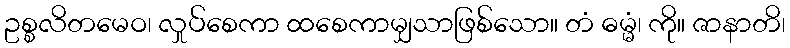
ဥစ္စလိတမေဝ၊ လှုပ်စေကာ ထစေကာမျှသာဖြစ်သော။ တံ ဓမ္မံ၊ ကို။ ဇာနာတိ၊